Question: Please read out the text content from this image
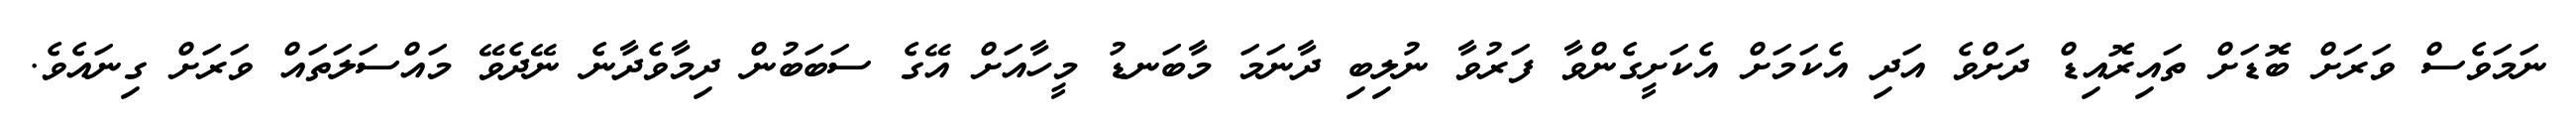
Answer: ނަމަވެސް ވަރަށް ބޮޑަށް ތައިރޮއިޑް ދަށްވެ އަދި އެކަމަށް އެކަށީގެންވާ ފަރުވާ ނުލިބި ދާނަމަ މާބަނޑު މީހާއަށް އޭގެ ސަބަބުން ދިމާވެދާނެ ނޭދެވޭ މައްސަލަތައް ވަރަށް ގިނައެވެ.